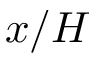
x / H